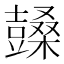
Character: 𣞙